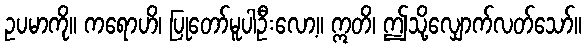
ဥပမာကို။ ကရောဟိ၊ ပြုတော်မူပါဦးလော့။ ဣတိ၊ ဤသို့လျှောက်လတ်သော်။